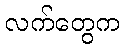
လက်တွေက